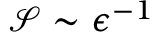
\mathcal { S } \sim \epsilon ^ { - 1 }